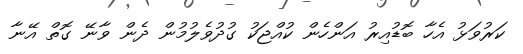
ކަރުވަޅު އެހާ ބޮޑުއިރު އަންހެން ކުއްޖަކު ގުދުވެލުމުން ދެން ވާނޭ ގޮތް އޭނާ